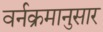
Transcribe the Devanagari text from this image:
वर्नक्रमानुसार